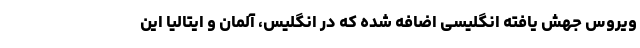
ویروس جهش یافته انگلیسی اضافه شده که در انگلیس، آلمان و ایتالیا این